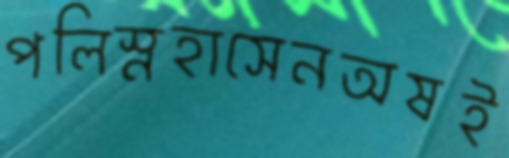
পলিস্নহাসেনঅষই